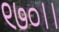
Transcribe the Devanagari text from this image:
९७०।।